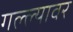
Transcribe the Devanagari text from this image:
गल्ल्यावर